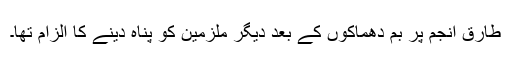
طارق انجم پر بم دھماکوں کے بعد دیگر ملزمین کو پناہ دینے کا الزام تھا۔